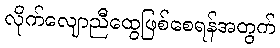
လိုက်လျောညီထွေဖြစ်စေရန်အတွက်